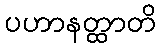
ပဟာနတ္ထာတိ